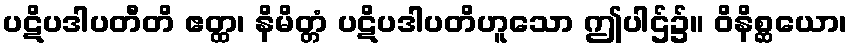
ပဋိပဒါပတီတိ ဧတ္ထ၊ နိမိတ္တံ ပဋိပဒါပတိဟူသော ဤပါဌ်၌။ ဝိနိစ္ဆယော၊